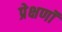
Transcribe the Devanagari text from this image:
प्रेक्षणॉं